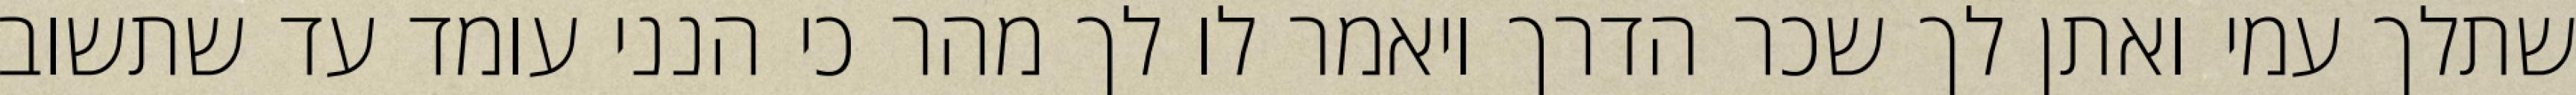
שתלך עמי ואתן לך שכר הדרך ויאמר לו לך מהר כי הנני עומד עד שתשוב